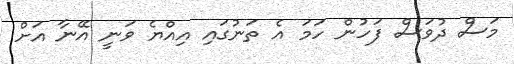
މަސް ދުވަސް ފަހުން ހަމަ އެ ތަނުގައި އިއްޔެ ވަނީ އޭނާ އަށް